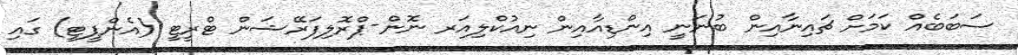
ސަބަބެއް ކަމަށް ޗައިނާއިން ބުނަނީ އިންޑިއާއިން ނިއުކްލިއަރ ނޮން-ޕްރޮލިފަރޭޝަން ޓްރީޓީ (އެންޕީޓީ) ގައި